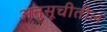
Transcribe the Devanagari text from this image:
अनुसूचीतील